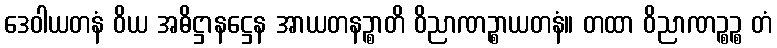
ဒေဝါယတနံ ဝိယ အဓိဋ္ဌာနဋ္ဌေန အာယတနဉ္စာတိ ဝိညာဏဉ္စာယတနံ။ တထာ ဝိညာဏဉ္စဉ္စ တံ